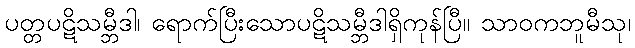
ပတ္တပဋိသမ္ဘီဒါ၊ ရောက်ပြီးသောပဋိသမ္ဘီဒါရှိကုန်ပြီ။ သာဝကဘူမီသု၊